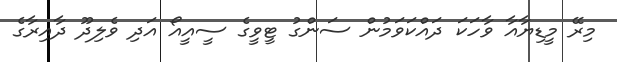
މިރޭ މީޑިޔާއާ ވާހަކަ ދައްކަވަމުން ސަންގު ޓީވީގެ ސީއީއޯ އަދި ވެލިދޫ ދާއިރާގެ